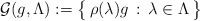
\begin{align*}\mathcal{G}(g, \Lambda) := \big\{ \, \rho(\lambda)g \, : \, \lambda \in\Lambda \, \big\}\end{align*}